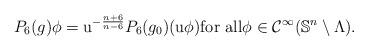
LaTeX: \begin{align*}P_6({g})\phi=\mathrm{u}^{-\frac{n+6}{n-6}}P_6({g_0})(\mathrm{u}\phi) \mbox{for all} \phi\in \mathcal{C}^{\infty}(\mathbb{S}^n \setminus \Lambda).\end{align*}